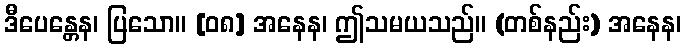
ဒီပေန္တေန၊ ပြသော။ [၀၈] အနေန၊ ဤသမယသည်။ (တစ်နည်း) အနေန၊